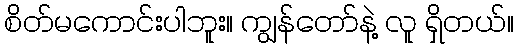
စိတ်မကောင်းပါဘူး။ ကျွန်တော်နဲ့ လူ ရှိတယ်။